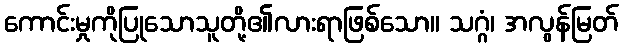
ကောင်းမှုကိုပြုသောသူတို့၏လားရာဖြစ်သော။ သဂ္ဂံ၊ အလွန်မြတ်